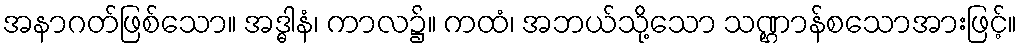
အနာဂတ်ဖြစ်သော။ အဒ္ဓါနံ၊ ကာလ၌။ ကထံ၊ အဘယ်သို့သော သဏ္ဌာန်စသောအားဖြင့်။